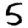
Digit: 5